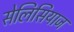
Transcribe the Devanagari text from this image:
सेलिसियाज